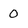
Character: 0